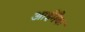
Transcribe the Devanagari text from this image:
आईमैक